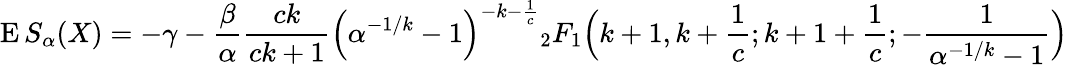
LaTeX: \operatorname{E}S_{\alpha}(X)=-\gamma-{\frac{\beta}{\alpha}}{\frac{ck}{ck+1}}{\Big(}\alpha^{-1/k}-1{\Big)}^{-k-{\frac{1}{c}}}{_{2}F_{1}}{\Big(}k+1,k+{\frac{1}{c}};k+1+{\frac{1}{c}};-{\frac{1}{\alpha^{-1/k}-1}}{\Big)}